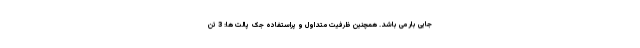
جایی بار می باشد. همچنین ظرفیت متداول و پراستفاده جک پالت ها: 3 تن